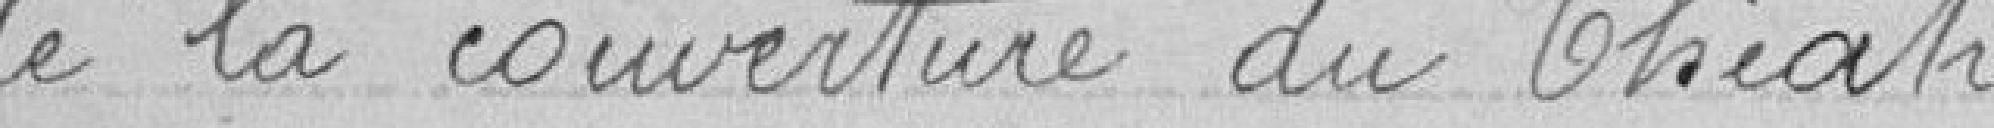
de la couverture du Théâtre